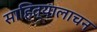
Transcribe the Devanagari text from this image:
साहित्यालाचन